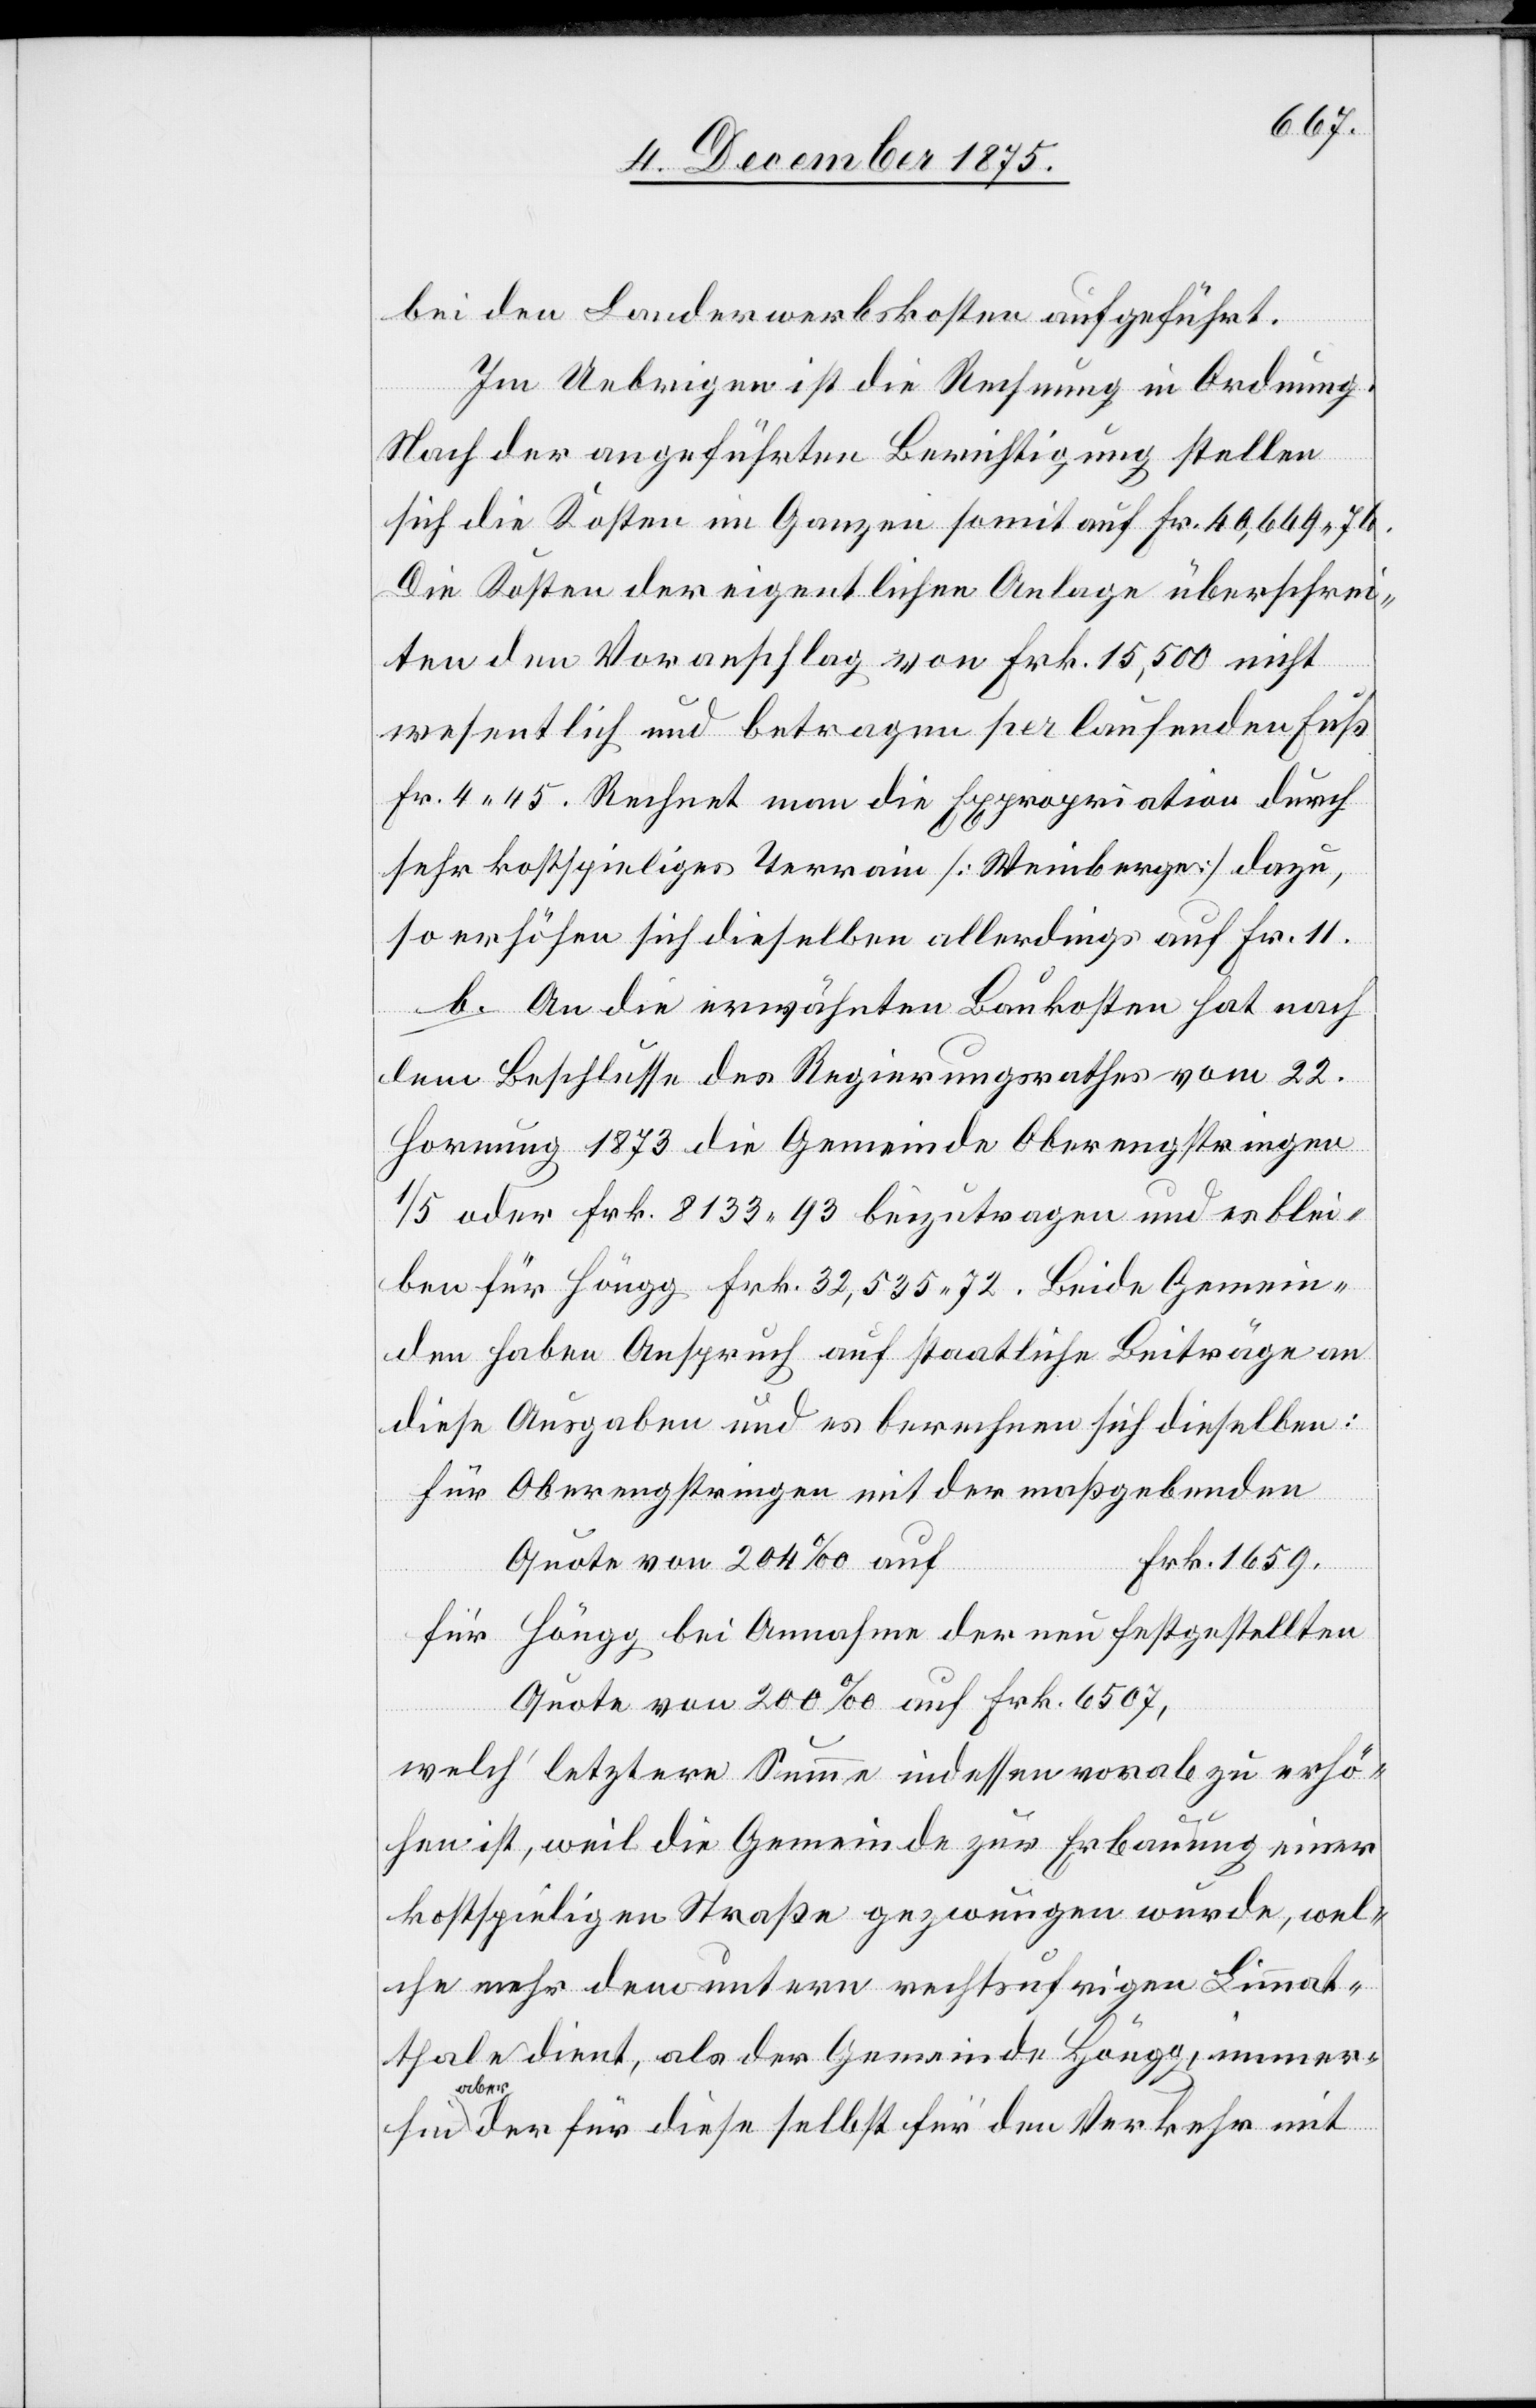
bei den Landerwerbskosten aufgeführt.
hin
Im Uebrigen ist die Rechnung in Ordnung.
Nach der angeführten Berichtigung stellen
sich die Kosten im Ganzen somit auf Fr. 40,669 76.
Die Kosten der eigentlichen Anlage überschrei¬
ten den Voranschlag von Frk. 15,500 nicht
wesentlich und betragen per laufenden Fuß
Fr. 4 45. Rechnet man die Expropriation durch
sehr kostspieliges Terrain [Weinberge] dazu,
so erhöhen sich dieselben allerdings auf Fr. 11.
b. An die erwähnten Baukosten hat nach
dem Beschlusse des Regierungsrathes vom 22.
Hornung 1873 die Gemeinde Oberengstringen
1/5 oder Frk. 8133 93 beizutragen und es blei¬
ben für Höngg Frk. 32,535 72. Beide Gemein¬
den haben Anspruch auf staatliche Beiträge an
diese Ausgaben und es berechnen sich dieselben:
für Oberengstringen mit der maßgebenden
Frk. 1659.
Quote von 204‰ auf
für Höngg bei Annahme der neu festgestellten
Quote von 200‰ auf Frk. 6507,
welch‘ letztere Summe indessen vorab zu erhö¬
hen ist, weil die Gemeinde zur Erbauung einer
kostspieligen Straße gezwungen wurde, wel¬
che mehr dem untern rechtsufrigen Limmat¬
thale dient, als der Gemeinde Höngg, immer¬
aber
der für diese selbst für den Verkehr mit